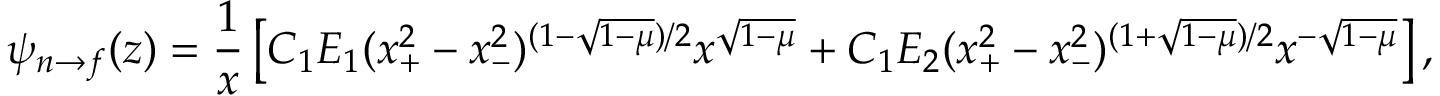
\psi _ { n \to f } ( z ) = { \frac { 1 } { x } } \left[ C _ { 1 } E _ { 1 } ( x _ { + } ^ { 2 } - x _ { - } ^ { 2 } ) ^ { ( 1 - \sqrt { 1 - \mu } ) / 2 } x ^ { \sqrt { 1 - \mu } } + C _ { 1 } E _ { 2 } ( x _ { + } ^ { 2 } - x _ { - } ^ { 2 } ) ^ { ( 1 + \sqrt { 1 - \mu } ) / 2 } x ^ { - \sqrt { 1 - \mu } } \right] ,